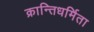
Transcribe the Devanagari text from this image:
क्रान्तिधर्मिता